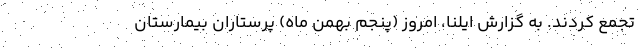
تجمع کردند. به گزارش ایلنا، امروز (پنجم بهمن ماه) پرستاران بیمارستان